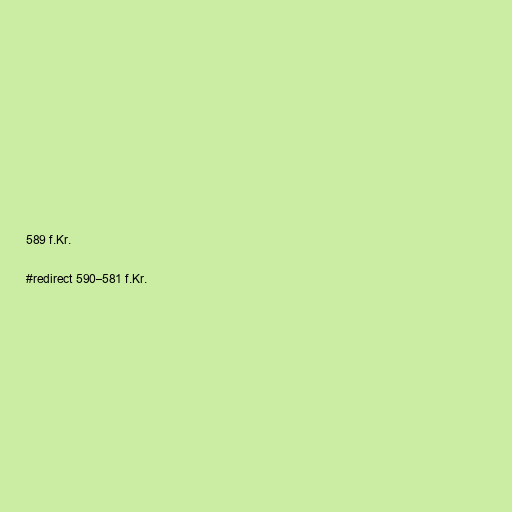
589 f.Kr.

#redirect 590–581 f.Kr.